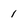
Character: 1